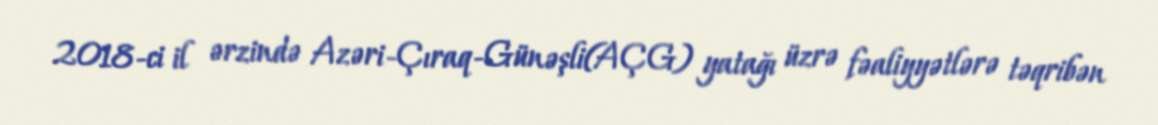
2018-ci il ərzində Azəri-Çıraq-Günəşli(AÇG) yatağı üzrə fəaliyyətlərə təqribən